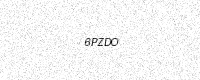
Text: 6PZDO